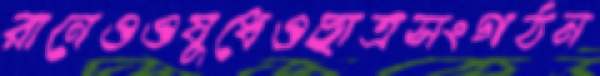
রানেওওষুধেওছাত্রসংগঠন